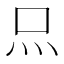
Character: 𤆗